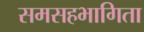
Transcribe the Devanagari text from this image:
समसहभागिता